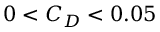
0 < C _ { D } < 0 . 0 5